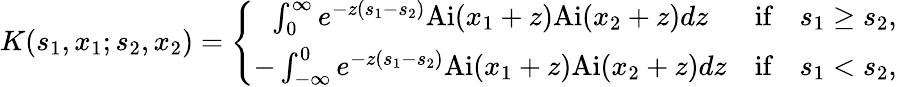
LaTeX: K(s_{1},x_{1};s_{2},x_{2})=\left\{ \begin{array}{cc}{\int_{0}^{\infty}e^{-z(s_{1}-s_{2})}\textup{Ai}(x_{1}+z)\textup{Ai}(x_{2}+z)dz}&{\textrm{if}\quad s_{1}\geq s_{2},}\\ {-\int_{-\infty}^{0}e^{-z(s_{1}-s_{2})}\textup{Ai}(x_{1}+z)\textup{Ai}(x_{2}+z)dz}&{\textrm{if}\quad s_{1}<s_{2},}\end{array}\right.